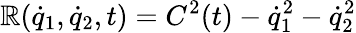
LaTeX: \mathbb{R}({\dot{{q}}}_{1},{\dot{{q}}}_{2},t)=C^{2}(t)-{\dot{{q}}_{1}^{2}-{\dot{{q}}}_{2}^{2}}